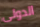
الدولى